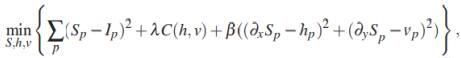
$\min _{S, h, v}\left\{\sum_{p}\left(S_{p}-I_{p}\right)^{2}+\lambda C(h, v)+\beta\left(\left(\partial_{x} S_{p}-h_{p}\right)^{2}+\left(\partial_{y} S_{p}-v_{p}\right)^{2}\right)\right\},$